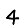
Digit: 4